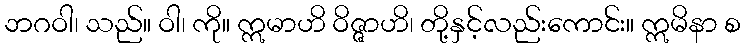
ဘဂဝါ၊ သည်။ ဝါ၊ ကို။ ဣမာဟိ ဝိဇ္ဇာဟိ၊ တို့နှင့်လည်းကောင်း။ ဣမိနာ စ